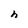
Character: h